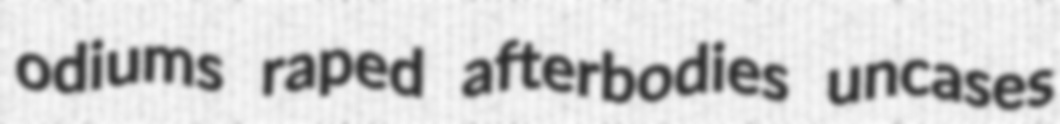
odiums raped afterbodies uncases